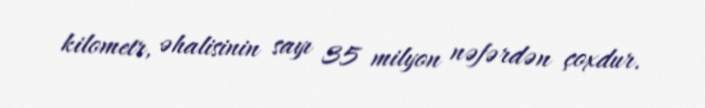
kilometr, əhalisinin sayı 35 milyon nəfərdən çoxdur.